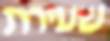
שעירת